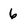
Character: 6